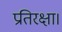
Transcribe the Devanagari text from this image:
प्रतिरक्षा।